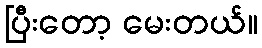
ပြီးတော့ မေးတယ်။